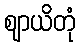
ဈာယိတုံ